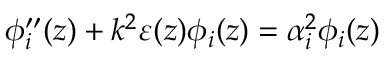
\phi _ { i } ^ { \prime \prime } ( z ) + k ^ { 2 } \varepsilon ( z ) \phi _ { i } ( z ) = \alpha _ { i } ^ { 2 } \phi _ { i } ( z )